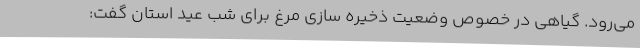
می‌رود. گیاهی در خصوص وضعیت ذخیره سازی مرغ برای شب عید استان گفت: